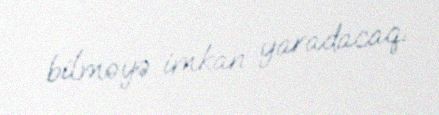
bilməyə imkan yaradacaq.